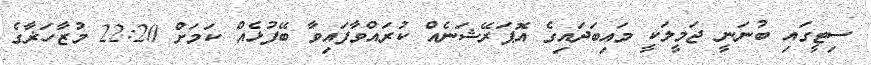
ސިޓީގައި ބުނަނީ ޖަމީލަކީ މައިބަދައިގެ އޮޕަރޭޝަނެއް ކުރައްވާފައިވާ ބޭފުޅެއް ކަމަށް 22:20 މުޒާހަޜާގެ